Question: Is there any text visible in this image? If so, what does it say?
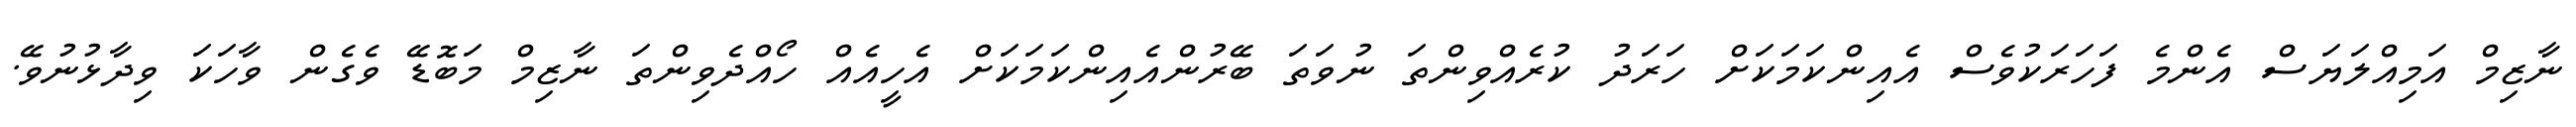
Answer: ނާޒިމް އަމިއްލަޔަސް އެންމެ ފަހަރަކުވެސް އެއިންކަމަކަށް ހަރަދު ކުރެއްވިންތަ ނުވަތަ ބޭރުންއެއިންކަމަކަށް އެހީއެއް ހޯއްދެވިންތަ ނާޒިމް މަބޮޑޭ ވެގެން ވާހަކަ ވިދާޅުނުވޭ.